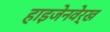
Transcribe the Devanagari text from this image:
हाइजेनवेर्ख